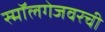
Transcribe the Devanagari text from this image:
स्मॉलगेजवरची